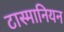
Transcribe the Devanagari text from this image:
टास्मानियन